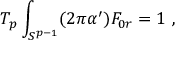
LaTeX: T _ { p } \int _ { S ^ { p - 1 } } ( 2 \pi \alpha ^ { \prime } ) F _ { 0 r } = 1 \ ,